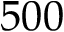
5 0 0